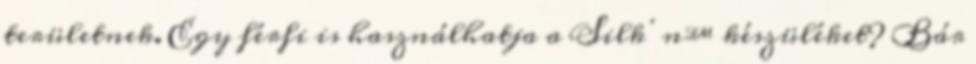
területnek. Egy férfi is használhatja a Silk‘n™ készüléket? Bár